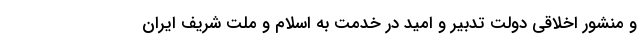
و منشور اخلاقی دولت تدبیر و امید در خدمت به اسلام و ملت شریف ایران